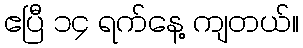
ဧပြီ ၁၄ ရက်နေ့ ကျတယ်။